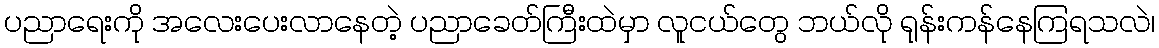
ပညာရေးကို အလေးပေးလာနေတဲ့ ပညာခေတ်ကြီးထဲမှာ လူငယ်တွေ ဘယ်လို ရုန်းကန်နေကြရသလဲ၊